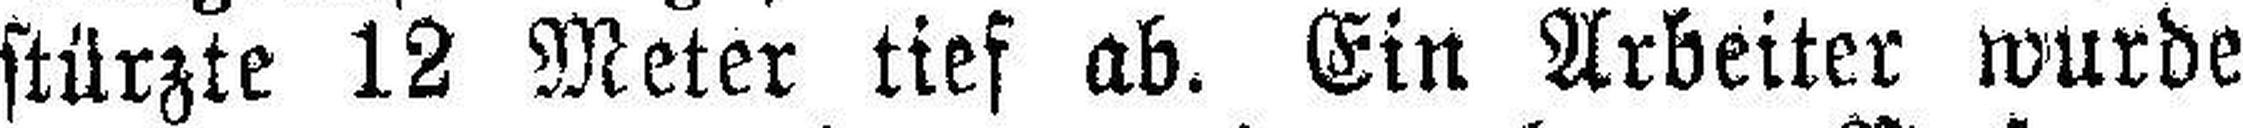
stürzte 12 Meter tief ab. Ein Arbeiter wurde